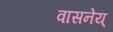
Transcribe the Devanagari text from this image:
वासनेय्